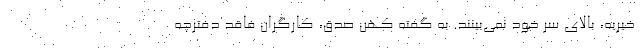
خیریه، بالای سر خود نمی‌بینند. به گفته کهن صدق، کارگران فاقد دفترچه